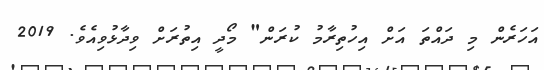
އަހަރެން މި ދައްތަ އަށް އިހުތިރާމު ކުރަން" މޯދީ އިތުރަށް ވިދާޅުވިއެވެ. 2019